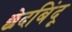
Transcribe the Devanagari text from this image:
छेदबिंदू